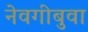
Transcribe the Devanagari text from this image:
नेवगीबुवा